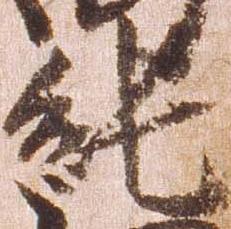
純